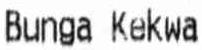
BUNGA KEKWA